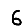
Digit: 6